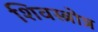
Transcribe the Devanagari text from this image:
शिवस्त्रोत्र